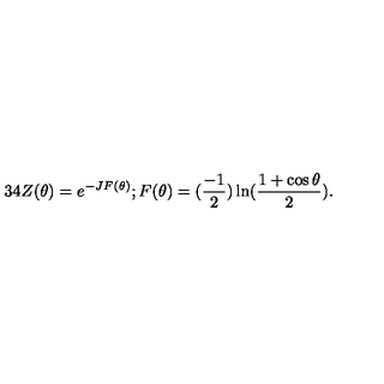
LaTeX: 3 4 Z ( \theta ) = e ^ { - J F ( \theta ) } ; F ( \theta ) = ( \frac { - 1 } { 2 } ) \ln ( \frac { 1 + \cos \theta } { 2 } ) .